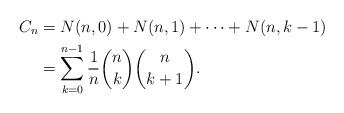
LaTeX: \begin{align*}C_n&=N(n,0)+N(n,1)+\cdots+N(n,k-1)\\ &=\sum_{k=0}^{n-1}\frac1{n}\binom{n}{k}\binom{n}{k+1}.\end{align*}